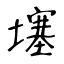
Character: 𡑮